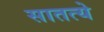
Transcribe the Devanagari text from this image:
सातत्ये